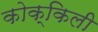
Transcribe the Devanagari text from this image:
कोक्किली